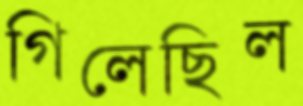
গিলেছিল